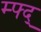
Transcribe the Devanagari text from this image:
म्फ्द्